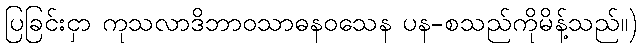
ပြခြင်းငှာ ကုသလာဒိဘာဝသာဓနဝသေန ပန-စသည်ကိုမိန့်သည်။)